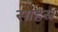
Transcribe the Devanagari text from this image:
साहस्र